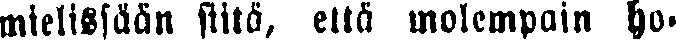
mielissään siitä, että molempain ho-